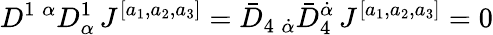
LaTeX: D^{1\; \alpha}D_{\alpha}^{1}\, J^{[a_{1},a_{2},a_{3}]}=\bar{D}_{4\; \dot{\alpha}}\bar{D}_{4}^{\dot{\alpha}}\, J^{[a_{1},a_{2},a_{3}]}=0